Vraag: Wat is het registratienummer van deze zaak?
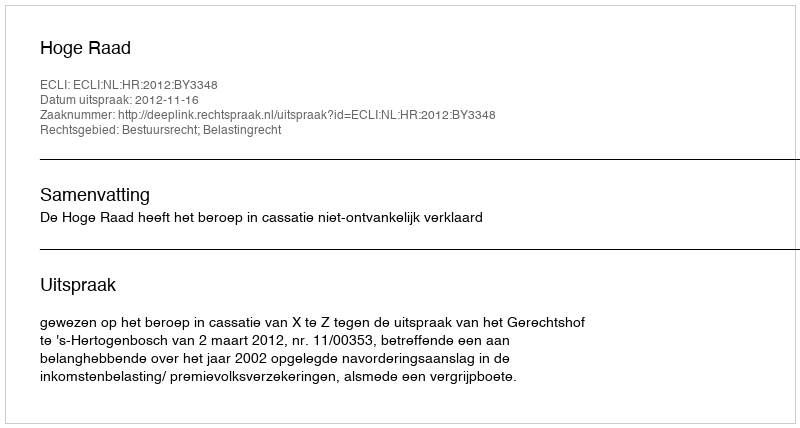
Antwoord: http://deeplink.rechtspraak.nl/uitspraak?id=ECLI:NL:HR:2012:BY3348